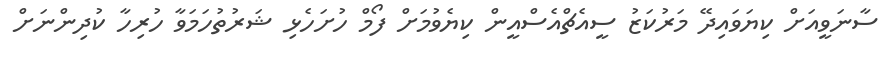
ސާނަވީއަށް ކިޔަވައިދޭ މަރުކަޒު ސީއެޗްއެސްއީން ކިޔެވުމަށް ފޯމް ހުށަހެޅި ޝަރުތުހަމަވާ ހުރިހާ ކުދިންނަށް